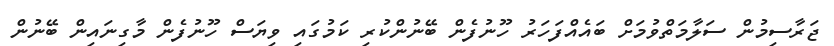
ޖަރާސިމުން ސަލާމަތްވުމަށް ބައެއްފަހަރު ހޫނުފެން ބޭނުންކުރި ކަމުގައި ވިޔަސް ހޫނުފެން މާގިނައިން ބޭނުން